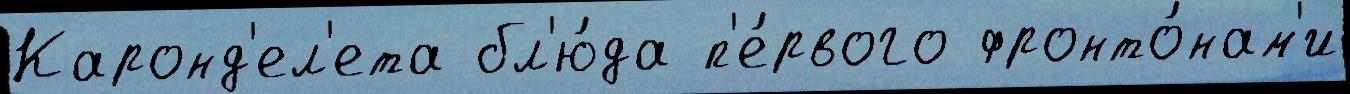
Каронд'ел'ета бл'ю́да п'е́рвого фронто́нам'и